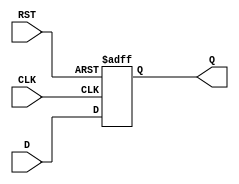
module StoreRegister (
    input  wire [N-1:0] D,    // Data Input
    input  wire CLK,           // Clock Input
    input  wire RST,           // Reset Input
    output reg  [N-1:0] Q      // Data Output
);
    parameter N = 8;           // Parameter for the width of the register (can be changed as needed)

    // Asynchronous Reset
    always @(posedge CLK or posedge RST) begin
        if (RST) begin
            Q <= {N{1'b0}};     // Clear the register to 0
        end else begin
            Q <= D;             // Latch the data on the rising edge of the clock
        end
    end

endmodule